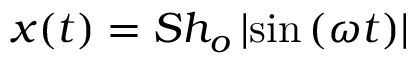
x ( t ) = S h _ { o } \left| \sin \left( \omega t \right) \right|